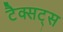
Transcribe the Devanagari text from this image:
टैक्सट्स